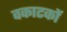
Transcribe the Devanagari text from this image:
वकाटकों